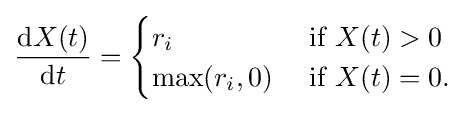
{\frac {\mathrm {d} X(t)}{\mathrm {d} t}}={\begin{cases}r_{i}&{\text{ if }}X(t)>0\\\max(r_{i},0)&{\text{ if }}X(t)=0.\end{cases}}